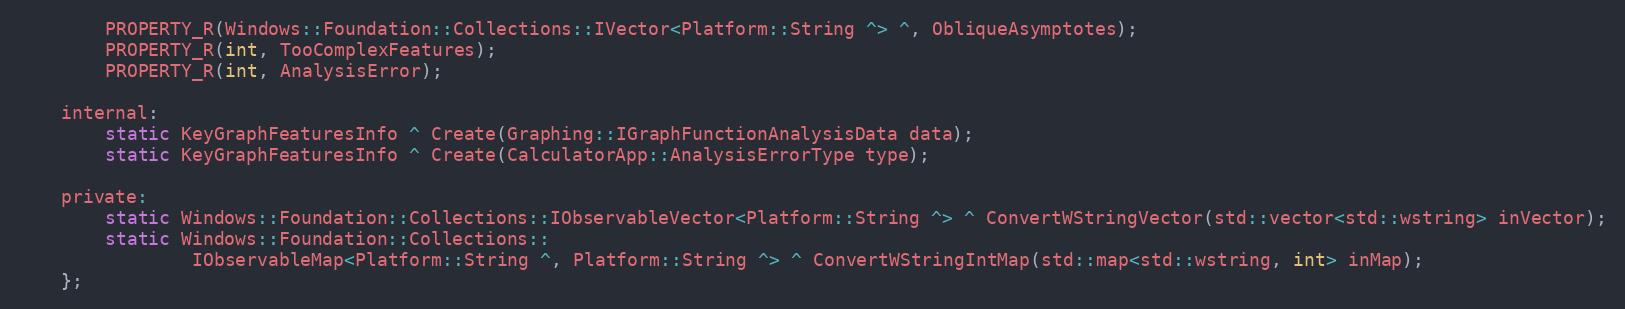
Language: C
        PROPERTY_R(Windows::Foundation::Collections::IVector<Platform::String ^> ^, ObliqueAsymptotes);
        PROPERTY_R(int, TooComplexFeatures);
        PROPERTY_R(int, AnalysisError);

    internal:
        static KeyGraphFeaturesInfo ^ Create(Graphing::IGraphFunctionAnalysisData data);
        static KeyGraphFeaturesInfo ^ Create(CalculatorApp::AnalysisErrorType type);

    private:
        static Windows::Foundation::Collections::IObservableVector<Platform::String ^> ^ ConvertWStringVector(std::vector<std::wstring> inVector);
        static Windows::Foundation::Collections::
                IObservableMap<Platform::String ^, Platform::String ^> ^ ConvertWStringIntMap(std::map<std::wstring, int> inMap);
    };